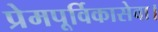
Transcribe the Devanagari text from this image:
प्रेमपूर्विकासेवा।